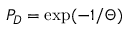
P _ { D } = \exp ( - 1 / \Theta )